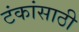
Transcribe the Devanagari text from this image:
टंकांसाठी